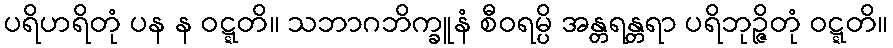
ပရိဟရိတုံ ပန န ဝဋ္ဋတိ။ သဘာဂဘိက္ခူနံ စီဝရမ္ပိ အန္တရန္တရာ ပရိဘုဉ္ဇိတုံ ဝဋ္ဋတိ။